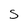
Character: s